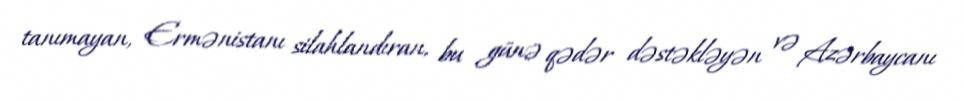
tanımayan, Ermənistanı silahlandıran, bu günə qədər dəstəkləyən və Azərbaycanı